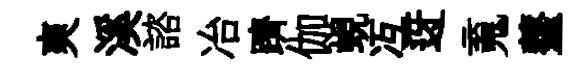
爽溪諮冶躋伽蜆冱迓䰟虀